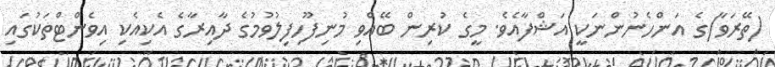
(ތޭރަވާ)ގެ އަންހެނުންނަކީ އަޝްފާއެވެ. މީގެ ކުރިން ބޭއްވި މުނިފޫހިފިލުުވުމުގެ ދާއިރާގެ އެކިއެކި އިވެންޓްތަކުގައި